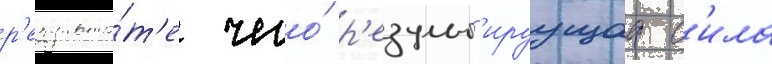
р'езульта́т'е чего́ р'езульт'ируущаа с'ила